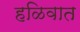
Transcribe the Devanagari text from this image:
हळिवात